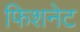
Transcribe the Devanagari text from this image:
फिशनेट